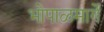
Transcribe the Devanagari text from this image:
भोपाळमार्गे